Bréfritari: Soffía Daníelsdóttir
Viðtakandi: Jakobína Magnúsdóttir og Daníel Halldórsson
Dagsetning: A-1903-04-09
Skrifað á: Skeggjastöðum  N-Múl.
Soffía var dóttir Jakobínu og Daníels

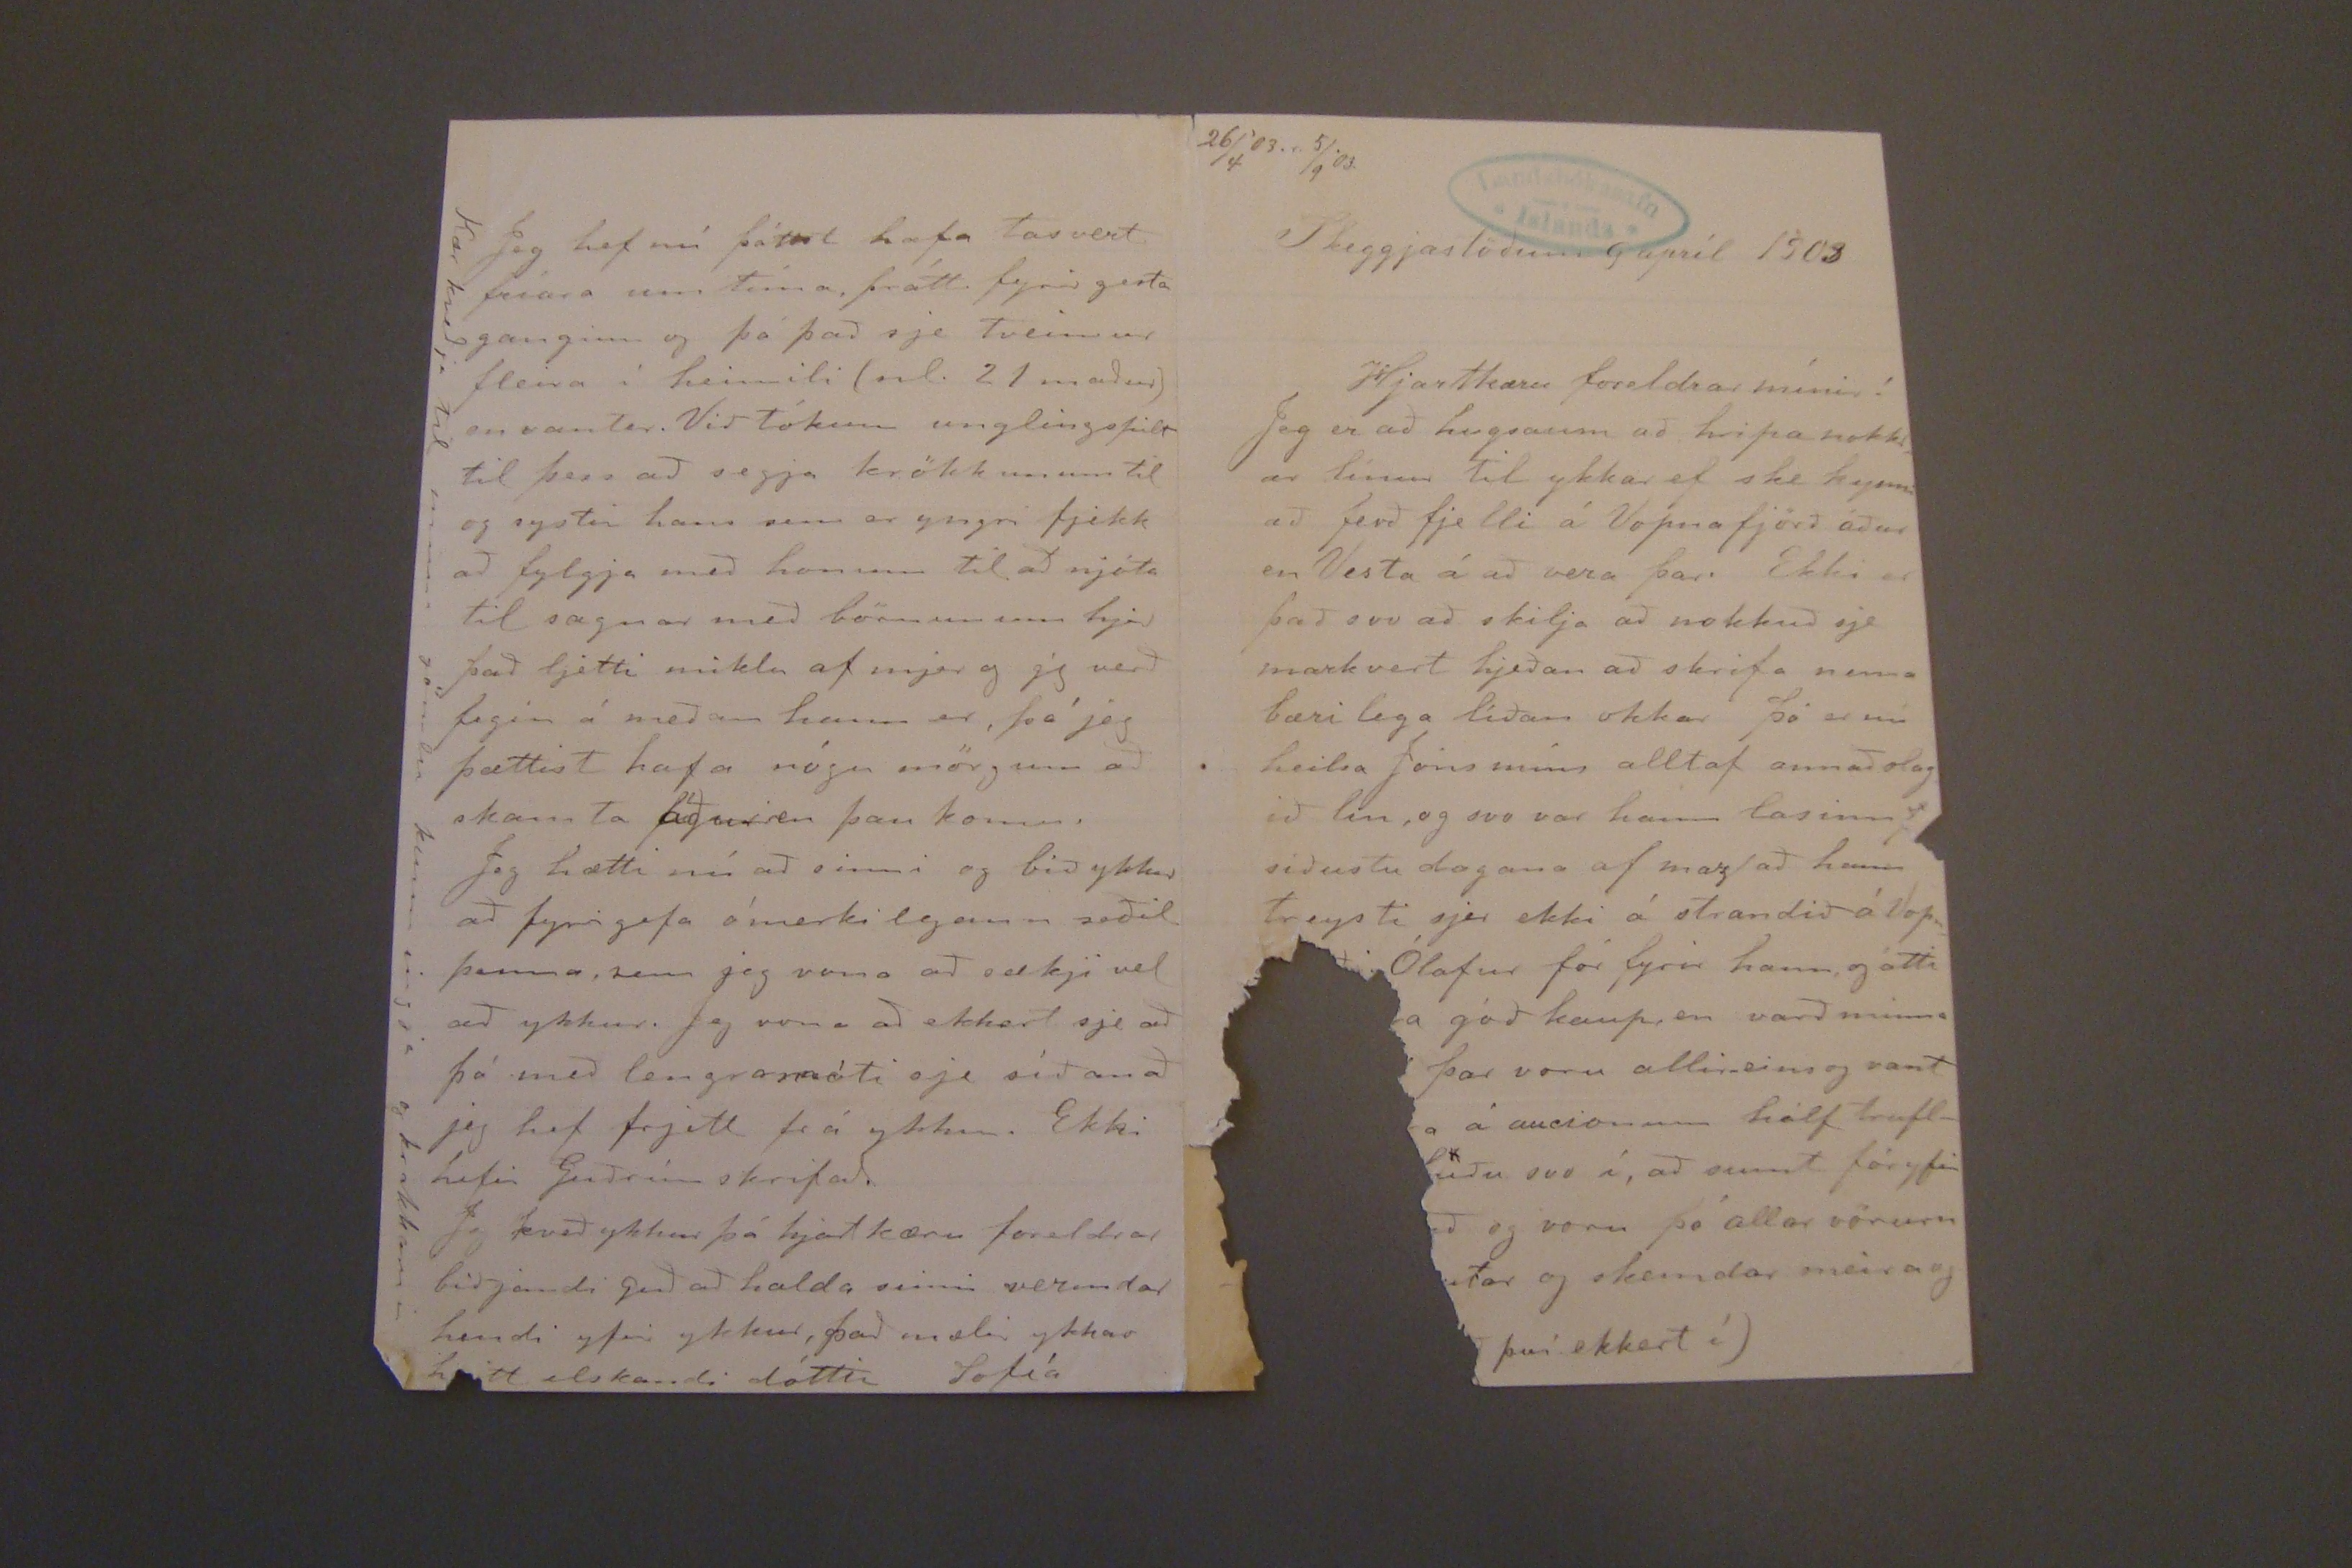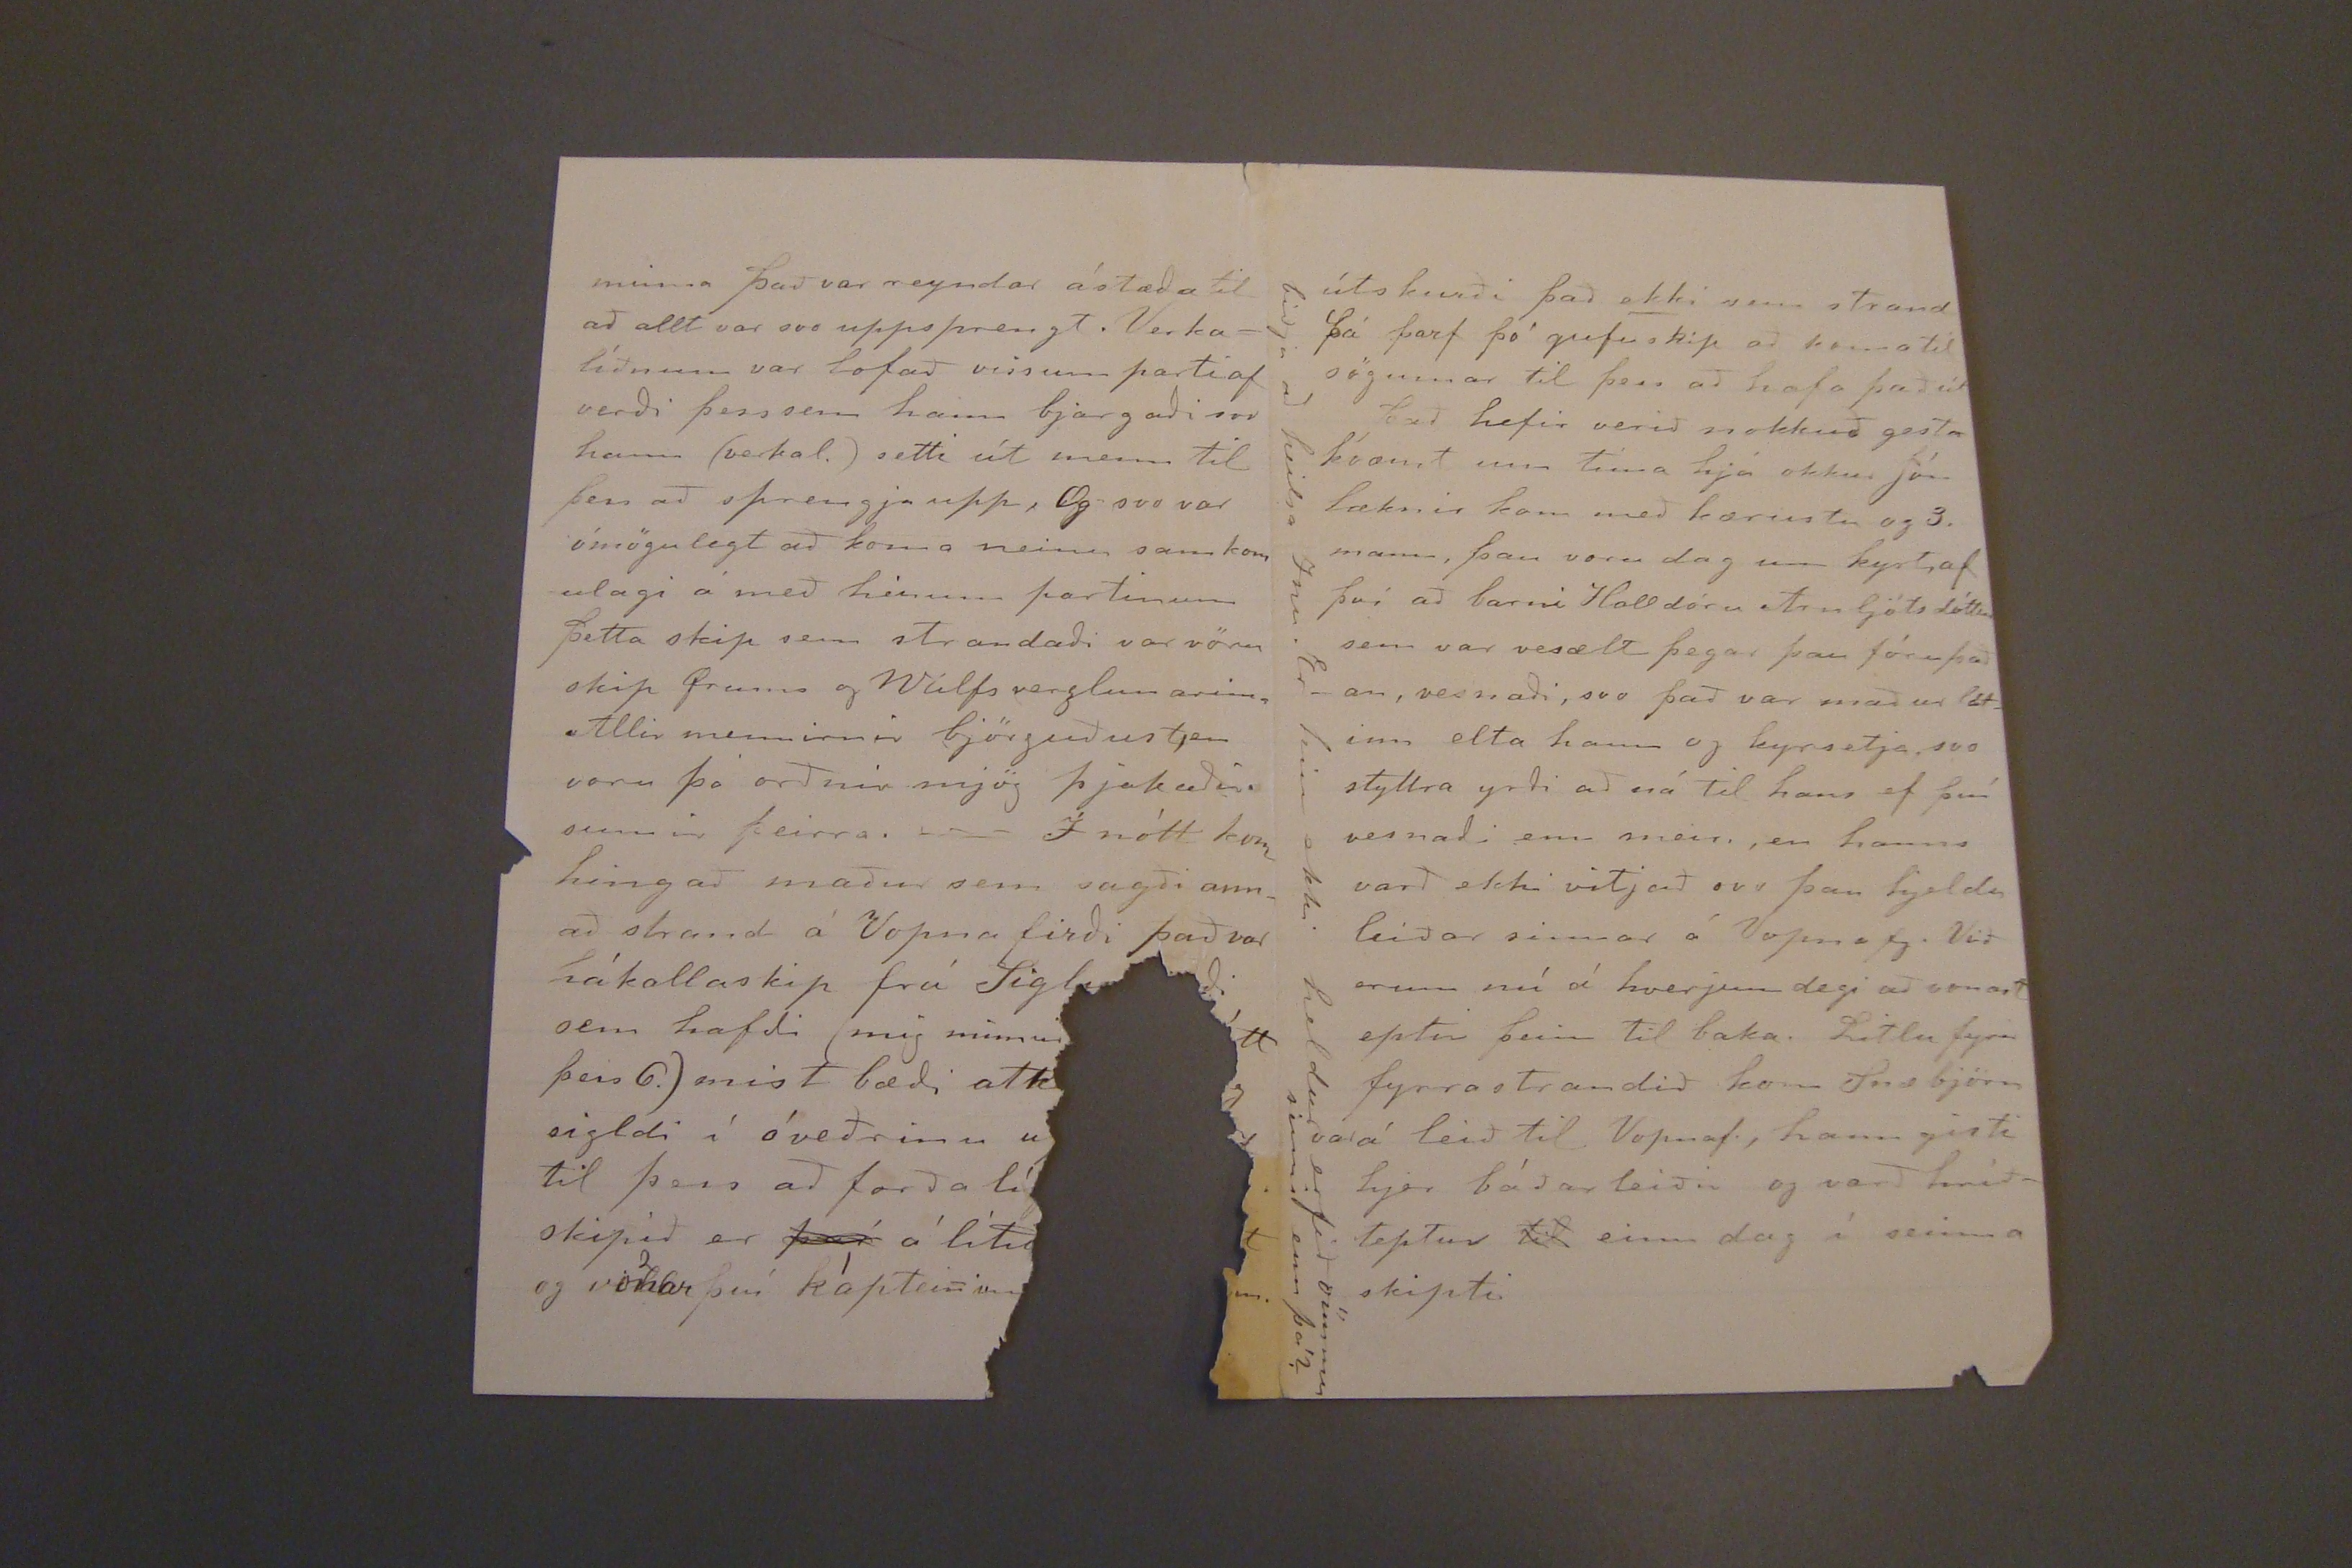

26/4'03.r. 5/9'03.
Skeggjastöðum 9. apríl 1903.
Hjartkæru foreldrar mínir!
Jeg er að hugsaum að hripa nokkrar línur Til ykkar ef ske kynni að ferð fjelli á Vopnafjörð áður en Vesta á að vera þar. Ekki er það svo að skilja að nokkuð sje markvert hjeðan að skrifa nema bærilega liðan okkar þó er nú heilsa Jóns míns alltaf annaðslag ið lin, og svo var hann lasinn síðustu dagana af maz að hann treysti sjer ekki á strandi á Vopn
Ólafur fór fyrir hann, og átti
a góð kaup, en varð minna
þar voru allireins og vant
á
aucionum
hálf
brufl
uðu svo í, að sumt fór yfir
uð og voru ó allar vörurn
tar og skemdar meira og
því ekkert í)
minna það var reyndar ástæða til að allt var svo uppsprengt, Verkalíðnum var lofað vissum parti af verði þess sem hann bjarðai svo hann (verkal.) setti út menn til þess að sprengja upp, Og svo var ómögulegt að koma neinu sam kom ulagi á með hinum partinum þetta skip sem strandaði var vöru skip Qrums og Wulfs verzlunarinna Allir mennirnir björðust en voru þó orðnir mjög þjakaðir sumir þeirra. Í nótt kom hingað maður sem sagði annað strand á Vopnafirði það var hákallaskip frá Siglufirði sem hafði (mig minnir
tt þess 6.) mist bæði atk
sigldi í óveðrinu u
til þess að forða lí
skipið er
því
á lítið
og
vonar
2
því kápteininn
nn.
Jeg hef nú þótt hafa talsvert fríara um tíma þrátt fyrir gesta ganginn og þó það sje Tveimur fleira í heimili (nl. 21 maður) en vantar. Við tókum unglingspilt til þess að segja krökkunum til og systir hans sem er yngri fjekk að fylgja með honum til að njóta til sagnar með börnunum hjer það ljetti miklu af mjer og jeg verð fegin á meðan hann er, þó jeg þættist hafa nógu mörgum að skamta áður en þau komu.
Jeg hætti nú að sinni og bið ykkur að fyrirgefa ómerkilegann seðil þenna sem jeg vona að sækji vel að ykkur. Jeg vona að ekkert sje að þó með lengra móti sje síðan að jeg hef frjett frá ykkur. Ekki hefir Guðrún skrifað.
Jeg kveð ykkur þá hjartkæru foreldrar biðjandi guð að halda sinnu verndar hendi yfir ykkur, það mælir ykkar heitt elskandi dóttir Sofía
Kær kveðja til minn gömlu kunningja og krakkanna
útskurði það
ekki
sem strand þá þarf þó gufuskip að koma ti sögunnar til þess að hafa það út það hefir verið nokkuð gesta kvæmt um tíma hjá okkur Jón læknir kom með kærustu og 3. mann, þau voru dag um kyrt, af því að barni Halldóru Arnljótsdóttur sem var vesælt þegar þau fóru þaðan, versnaði, svo það var maður látinn elta hann og kyrsetja svo styttra yrði að ná til hans ef því vesnaði enn meir, en hanns varð ekki vitjað svo þau hjeldu leiðar sinnar á Vopnafj. VIð erum nú á hverjum degi að vonast eptir þeim til baka. Litlu fyrir fyrrastrandið kom Snæbjörn á leið til Vopnf., hann gisti hjer báðar leiðir og varð hríðteptur
til
einn dag í seinna skipti
biðja að heilsa Inu. Er hún ekki heldur erfið ömmu sinni ennþá?